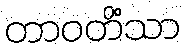
တာဝတိံသာ